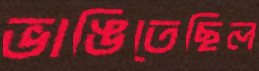
ভাঙিতেছিল